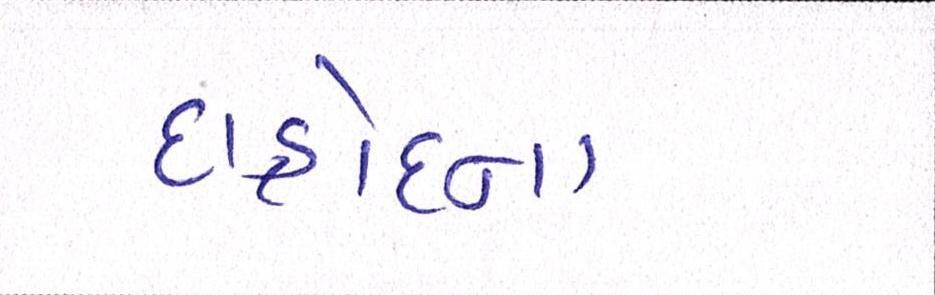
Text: દાહોદના